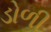
ડોળી